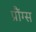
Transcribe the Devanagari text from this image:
प्रौंग्स